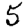
Digit: 5